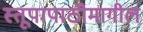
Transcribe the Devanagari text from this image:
स्तूपापाठीमागील